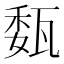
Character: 瓾